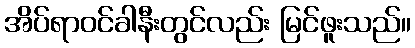
အိပ်ရာဝင်ခါနီးတွင်လည်း မြင်ဖူးသည်။